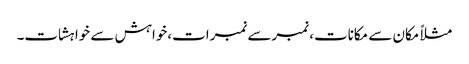
مثلاً مکان سے مکانات، نمبرسے نمبرات،خواہش سے خواہشات۔